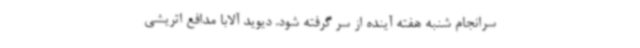
سرانجام شنبه هفته آینده از سر گرفته شود. دیوید آلابا مدافع اتریشی